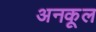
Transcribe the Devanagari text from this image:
अनकूल